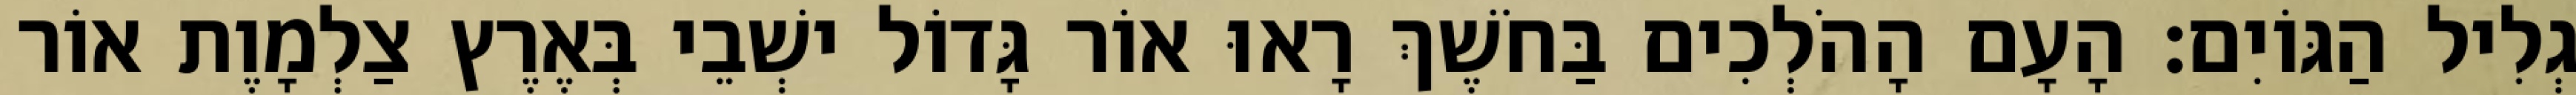
גְלִיל הַגּוֹיִם׃ הָעָם הָהֹלְכִים בַּחֹשֶׁךְ רָאוּ אוֹר גָּדוֹל ישְׁבֵי בְּאֶרֶץ צַלְמָוֶת אוֹר